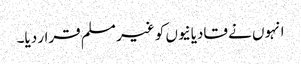
انہوں نے قادیانیوں کو غیر مسلم قرار دیا۔